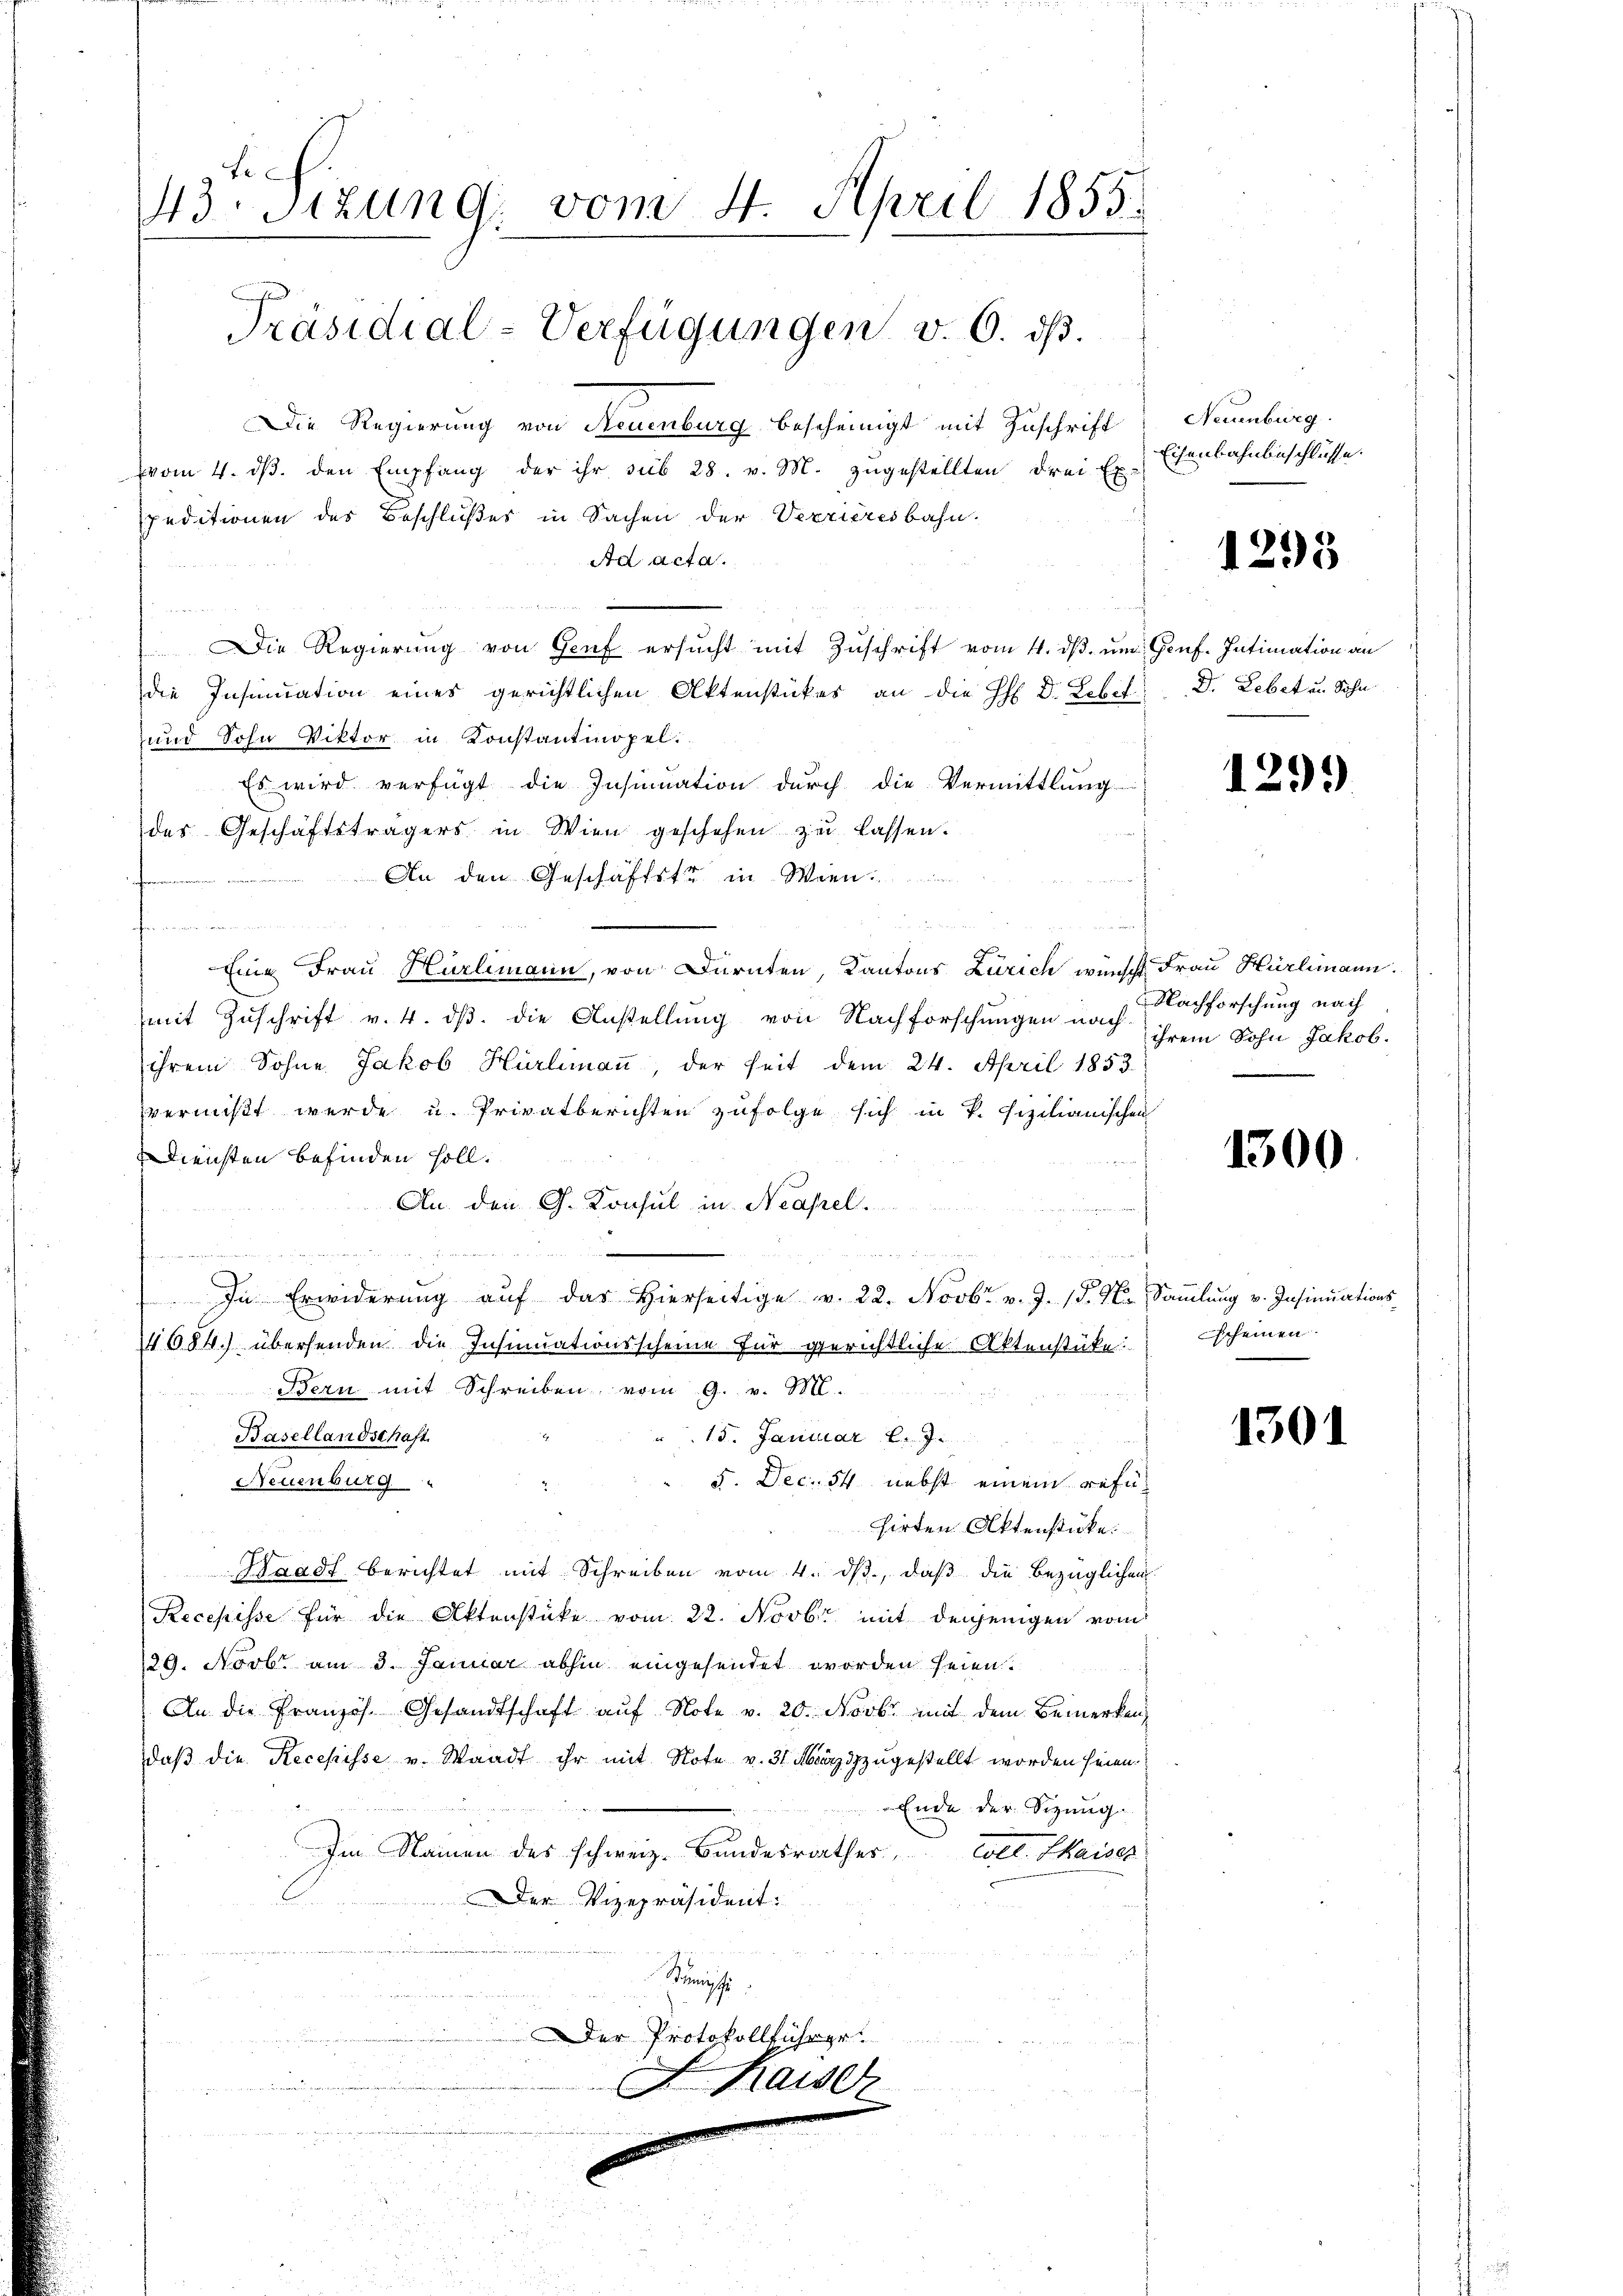
s
43. Sitzung vom 4. April 1855.
Präsidial-Verfügungen v. 6. ds.

Die Regierung von Neuenburg bescheinigt mit Zuschrift Neuenburg
vom 4. dβ. den Empfang der ihr sub 28. v. M. zugestellten drei Ex-
speditionen des Beschlußes in Sachen der Verrieresbahn.
Ad acta.
u
Die Regierŭng von Genf ersŭcht mit Zŭschrift vom 4. dβ. um Genf. Intimation an
die Insinuation eines gerichtlichen Aktenstückes an die H: Dr. Lebef. D. Lebet u. Sohn
und Sohn Viktor in Konstantmopel.
Es wird verfügt die Insinuation durch die Vermittlung
des Geschäftsträgers in Wien geschehen zu lassen.
An den Geschäftstr in Wien.
n
fanordnung
Eine Frau Hürlimann, von Dürnten, Kantons Zürich wünscht Frau Hürlimann.
mit Zuschrift v. 4. ds. die Anstellung von Nachforschungen nach Nachforschung nach
ihrem Sohne Jakob Hürlimaṅ, der seit dem 24. April 1853
vermißt werde u. Privatberichten zufolge sich in P. fizilianischen
Diensten befinden soll.
An. den G. Konsul in Neapel.

.
In Erwiderŭng aŭf das hierseitige v. 22. Novbr. v. J. (T. K. Saṁlŭng v. Insinuations-
084.) übersenden die Insinuationsscheine für gerichtliche Aktenstüke:
Bern mit Schreiben vom 9. v. M.
15. Januar 2. 7.
Basellandschaft.
F. Dec. 54 nebst einem refe¬
Neuenburg
hirten Aktenstücke.
Waadt berichtet mit Schreiben vom 4. ds., daß die bezüglichen
Recepisse für die Aktenstücke vom 22. Novbr. mit denjenigen vom
129. Novbr. am 3. Januar abhin eingesendet worden seien.
An die Französ. Gesandtschaft aŭf Note v. 20. Novbr. mit dem Bemerken,
daβ die Recepisse v. Waadt ihr mit Note v. 31 März dzzugestellt worden seien.
d
Ende der Sitzung
Im Namen des schweiz. Bundesrathes, tel. Kaiser
Der Vizepräsident:
Sinmische
Der Protokollführer.
F Kaiser

u

Eisenbahnbeschlüsse.

1295

1299)

ihrem Sohn Jakob.

1300.

Escheinen.

1301